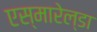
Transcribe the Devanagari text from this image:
एस्मारेल्डा